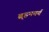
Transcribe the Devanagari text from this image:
ब्र्हमचर्य